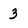
Character: 3